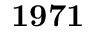
\bf { 1 9 7 1 }